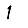
Digit: 1